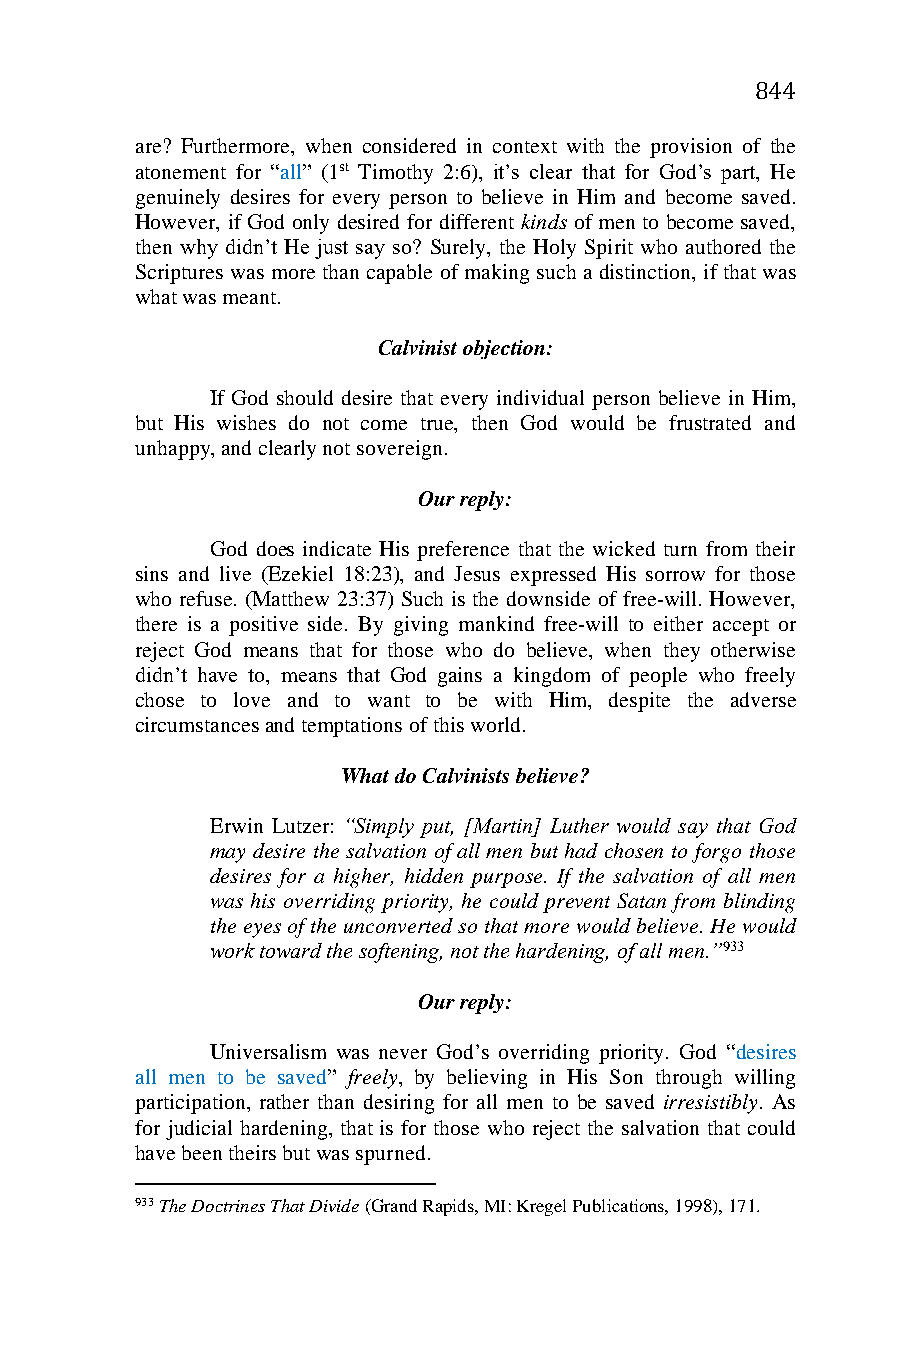
844
 are? Furthermore, when considered in context with the provision of the
 atonement for “all” (1st Timothy 2:6), it’s clear that for God’s part, He
 genuinely desires for every person to believe in Him and become saved.
 However, if God only desired for different kinds of men to become saved,
 then why didn’t He just say so? Surely, the Holy Spirit who authored the
 Scriptures was more than capable of making such a distinction, if that was
 what was meant.
 Calvinist objection:
 If God should desire that every individual person believe in Him,
 but His wishes do not come true, then God would be frustrated and
 unhappy, and clearly not sovereign.
 Our reply:
 God does indicate His preference that the wicked turn from their
 sins and live (Ezekiel 18:23), and Jesus expressed His sorrow for those
 who refuse. (Matthew 23:37) Such is the downside of free-will. However,
 there is a positive side. By giving mankind free-will to either accept or
 reject God means that for those who do believe, when they otherwise
 didn’t have to, means that God gains a kingdom of people who freely
 chose to love and to want to be with Him, despite the adverse
 circumstances and temptations of this world.
 What do Calvinists believe?
 Erwin Lutzer: “Simply put, [Martin] Luther would say that God
 may desire the salvation of all men but had chosen to forgo those
 desires for a higher, hidden purpose. If the salvation of all men
 was his overriding priority, he could prevent Satan from blinding
 the eyes of the unconverted so that more would believe. He would
 work toward the softening, not the hardening, of all men.”933
 Our reply:
 Universalism was never God’s overriding priority. God “desires
 all men to be saved” freely, by believing in His Son through willing
 participation, rather than desiring for all men to be saved irresistibly. As
 for judicial hardening, that is for those who reject the salvation that could
 have been theirs but was spurned.
 933 The Doctrines That Divide (Grand Rapids, MI: Kregel Publications, 1998), 171.